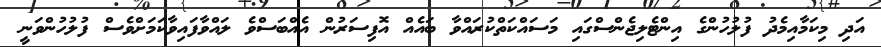
އަދި މިކަމާއިމެދު ފުލުހުންގެ އިންޓެލިޖެންސްގައި މަސައްކަތްކުރައްވާ ބައެއް އޮފިސަރުން އެއްބަސްވެ ލައްވާފައިވާކަމަށްވެސް ފުލުހުންވަނީ